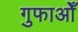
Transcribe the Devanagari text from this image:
गुफाओँ